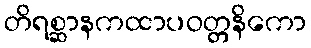
တိရစ္ဆာနကထာပဝတ္တနိကော